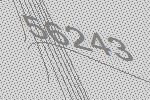
56243